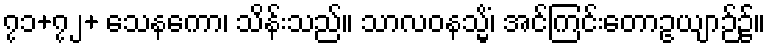
၇၁+၇၂+ သေနကော၊ သိန်းသည်။ သာလဝနသ္မိံ၊ အင်ကြင်းတောဥယျာဉ်၌။